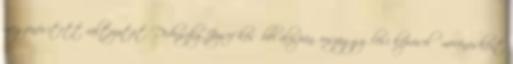
megzenésített változatát. Dedinszky József későbbi alispán, országgyűlési képviselő mecénásként